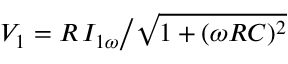
V _ { 1 } = R \, I _ { 1 \omega } \big / \sqrt { 1 + ( \omega R C ) ^ { 2 } }